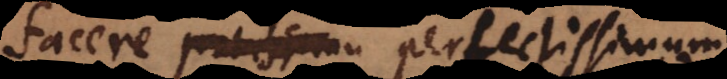
facere potissimu perfectissimum